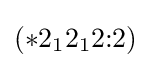
(*2_{1}2_{1}2{:}2)